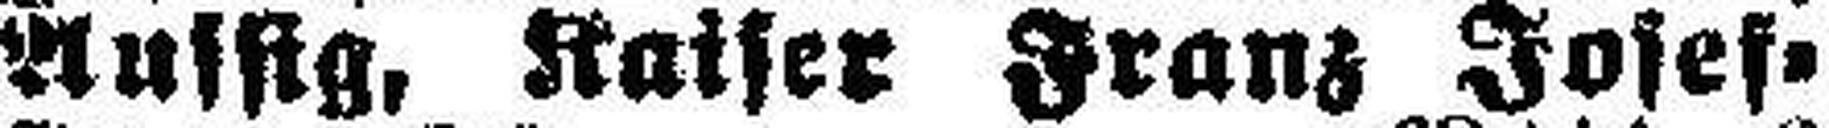
Aussig, Kaiser Kranz Josef¬